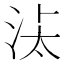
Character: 𱦌